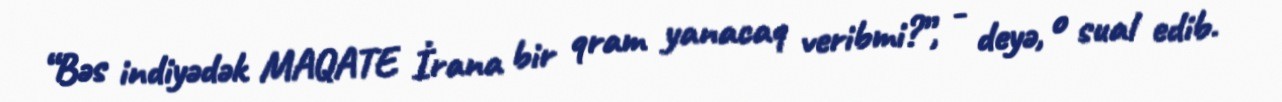
“Bəs indiyədək MAQATE İrana bir qram yanacaq veribmi?”, - deyə, o sual edib.